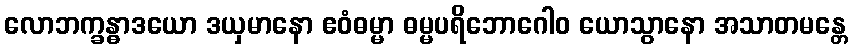
လောဘက္ခန္ဓာဒယော ဒယှမာနော ဧဝံဓမ္မာ ဓမ္မပရိဘောဂေါဝ ယောသွာနော အသာတမန္တေ